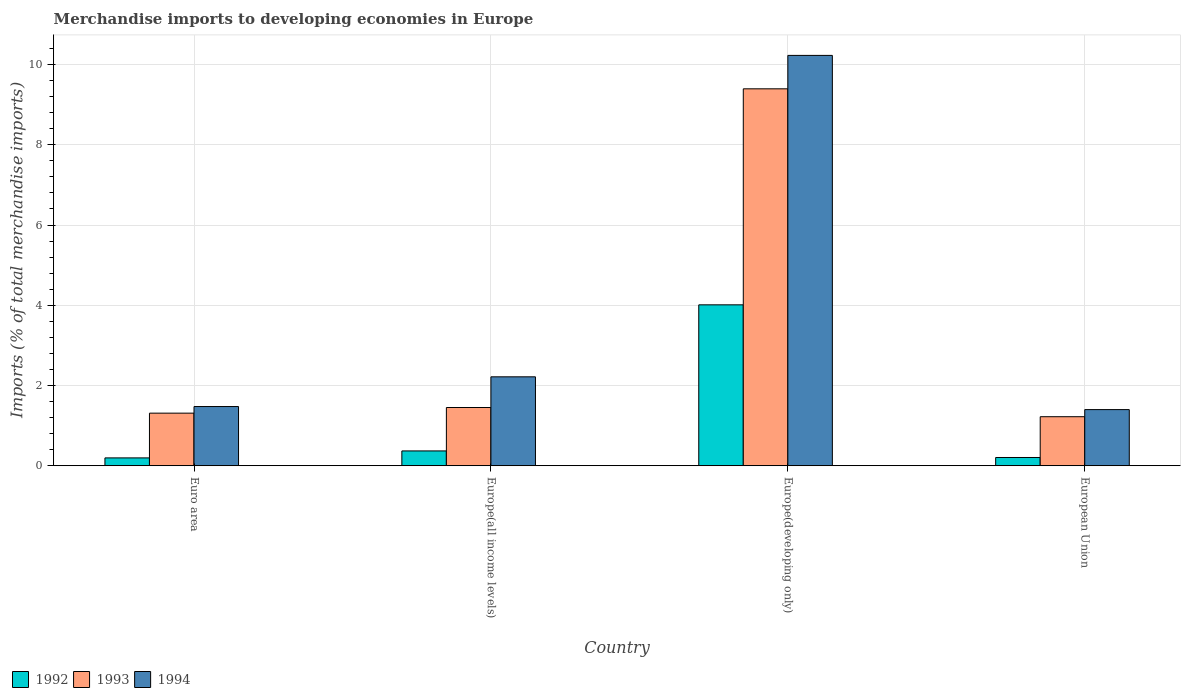
| Country | 1992 | 1993 | 1994 |
 | --- | --- | --- | --- |
 | Euro area | 0.195 | 1.31 | 1.48 |
 | Europe(all income levels) | 0.369 | 1.45 | 2.22 |
 | Europe(developing only) | 4.01 | 9.39 | 10.2 |
 | European Union | 0.205 | 1.22 | 1.4 |